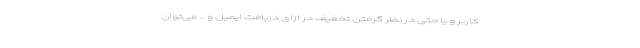
کاربر و یا حتی در نظر گرفتن تخفیف در ازای دریافت ایمیل و ... می‌توان